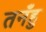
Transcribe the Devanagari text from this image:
तनँहु